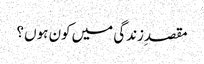
مقصدِزندگی میں کون ہوں ؟